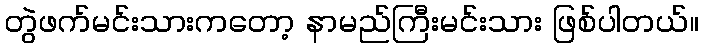
တွဲဖက်မင်းသားကတော့ နာမည်ကြီးမင်းသား ဖြစ်ပါတယ်။